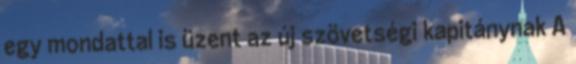
egy mondattal is üzent az új szövetségi kapitánynak A